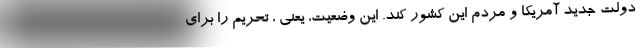
دولت جدید آمریکا و مردم این کشور کند. این وضعیت، یعنی ، تحریم را برای